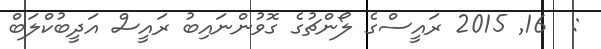
:  16